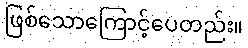
ဖြစ်သောကြောင့်ပေတည်း။